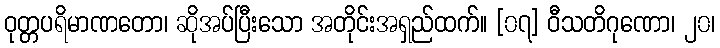
ဝုတ္တပရိမာဏတော၊ ဆိုအပ်ပြီးသော အတိုင်းအရှည်ထက်။ [၀၇] ဝီသတိဂုဏော၊ ၂၀၊